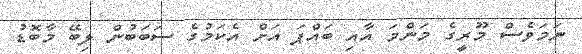
ނަމަވެސް މޫރީގެ މަންމަ އާއި ބައްޕަ އަށް އެކަމުގެ ސަބަބުން ލިބޭ މާބޮޑު